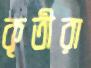
কৃতীরা